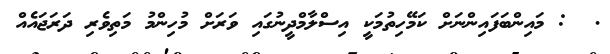
.  : މައިންބަފައިންނަށް ކަމޭހިތުމަކީ އިސްލާމްދީނުގައި ވަރަށް މުހިންމު މަތިވެރި ދަރަޖައެއް